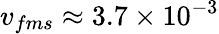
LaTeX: v_{fms}\approx 3.7\times 10^{-3}